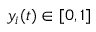
y _ { i } ( t ) \in [ 0 , 1 ]